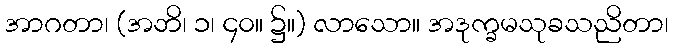
အာဂတာ၊ (အဘိ၊ ၁၊ ၄၀။ ၌။) လာသော။ အဒုက္ခမသုခသညိတာ၊